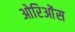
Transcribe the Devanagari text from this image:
ओरिओंस